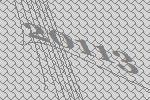
20113